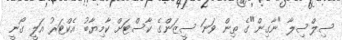
ސިލްސިލާ "ނާގިން"ގެ ތިން ވަނަ ސީޒަންގެ ކާސްޓަށް ކާމިޔާބު އެކްޓަރު އަލީ ގޯނީ